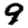
Digit: 9